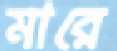
মারে